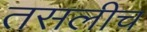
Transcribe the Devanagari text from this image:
तसलीच